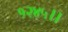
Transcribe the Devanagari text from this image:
१२४५।।